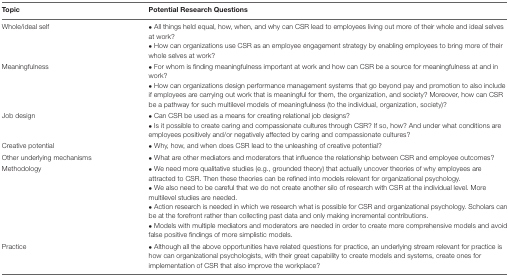
| Topic | Potential Research Questions |
 | --- | --- |
 | Whole/ideal self | • All things held equal, how, when, and why can CSR lead to employees living out more of their whole and ideal selves at work? |
 |  | • How can organizations use CSR as an employee engagement strategy by enabling employees to bring more of their whole selves at work? |
 | Meaningfulness | • For whom is finding meaningfulness important at work and how can CSR be a source for meaningfulness at and in work? |
 |  | • How can organizations design performance management systems that go beyond pay and promotion to also include if employees are carrying out work that is meaningful for them, the organization, and society? Moreover, how can CSR be a pathway for such multilevel models of meaningfulness (to the individual, organization, society)? |
 | Job design | • Can CSR be used as a means for creating relational job designs? |
 |  | • Is it possible to create caring and compassionate cultures through CSR? If so, how? And under what conditions are employees positively and/or negatively affected by caring and compassionate cultures? |
 | Creative potential | • Why, how, and when does CSR lead to the unleashing of creative potential? |
 | Other underlying mechanisms | • What are other mediators and moderators that influence the relationship between CSR and employee outcomes? |
 | Methodology | • We need more qualitative studies (e.g., grounded theory) that actually uncover theories of why employees are attracted to CSR. Then these theories can be refined into models relevant for organizational psychology. |
 |  | • We also need to be careful that we do not create another silo of research with CSR at the individual level. More multilevel studies are needed. |
 |  | • Action research is needed in which we research what is possible for CSR and organizational psychology. Scholars can be at the forefront rather than collecting past data and only making incremental contributions. |
 |  | • Models with multiple mediators and moderators are needed in order to create more comprehensive models and avoid false positive findings of more simplistic models. |
 | Practice | • Although all the above opportunities have related questions for practice, an underlying stream relevant for practice is how can organizational psychologists, with their great capability to create models and systems, create ones for implementation of CSR that also improve the workplace? |